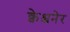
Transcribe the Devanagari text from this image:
क्वेश्चनेर